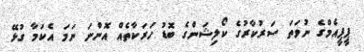
ޕީޕީއެމްގެ ނުވަތަ ސަރުކާރުގެ ކޯލިޝަންގެ ބޮޑު ހަރަކާތެއް އޮންނަ ނަމަ އެކަމާ ގުޅޭ